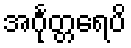
အင်္ဂုတ္တရေပိ